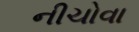
નીચોવા